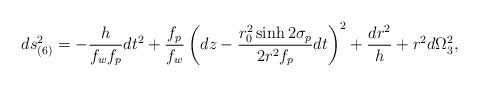
LaTeX: \begin{align*}ds^2_{(6)} = -{h\over f_w f_p}dt^2+ {f_p\over f_w}\left( dz - {r_0^2 \sinh 2\sigma_p\over 2 r^2 f_p}dt\right)^2+ {dr^2\over h} +r^2 d\Omega_3^2,\end{align*}